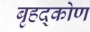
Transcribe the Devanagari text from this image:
बृहद्कोण